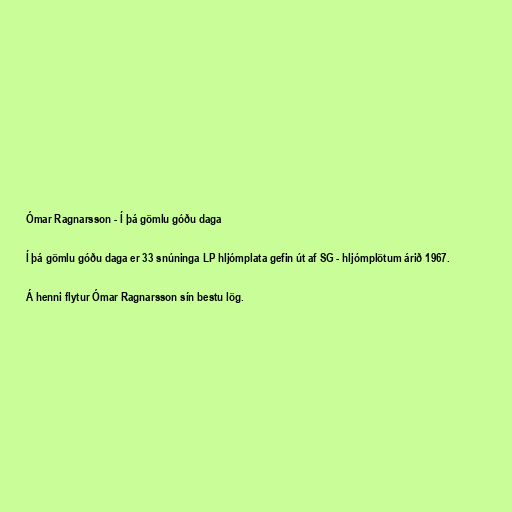
Ómar Ragnarsson - Í þá gömlu góðu daga

Í þá gömlu góðu daga er 33 snúninga LP hljómplata gefin út af SG - hljómplötum árið 1967.

Á henni flytur Ómar Ragnarsson sín bestu lög.